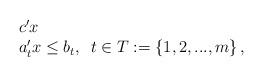
LaTeX: \begin{align*}\begin{array}{ll} & c^{\prime }x \\ & a_{t}^{\prime }x\leq b_{t},\,\,\,t\in T:=\left\{1,2,...,m\right\} ,\end{array}\end{align*}